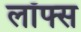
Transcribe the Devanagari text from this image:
लॉफ्स